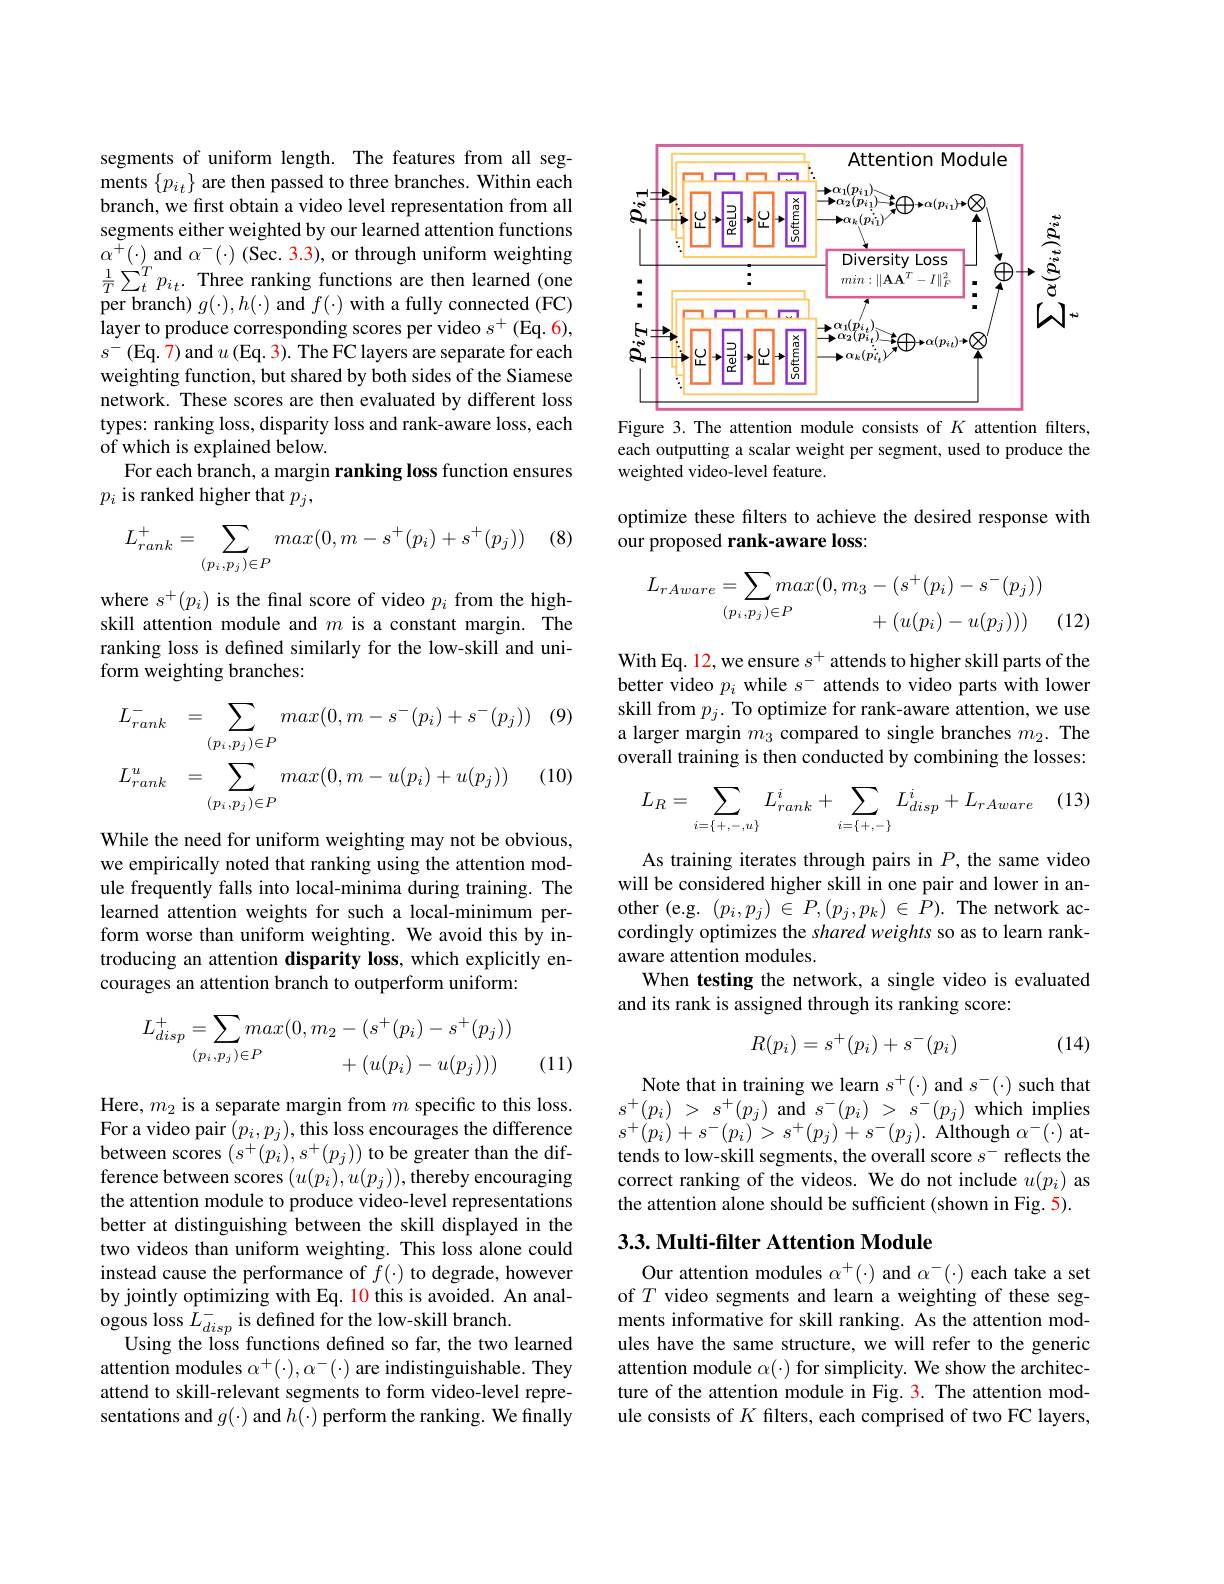
segments of uniform length. The features from all segments $\{p_{i_{t}}\}$ are then passed to three branches. Within each branch, we first obtain a video level representation from all segments either weighted by our learned attention functions $\begin{array}{l}{\alpha^{+}(\cdot)\mathrm{~and~}\alpha^{-}(\cdot)\mathrm{~(Sec.~3.3),~or~through~uniform~weighting}}\\{\frac1T\sum_{t}^{T}p_{i_{t}}.\mathrm{~Three~ranking~functions~are~then~learned~(one}}\\\end{array}$ per branch) $g(\cdot),h(\cdot)$ and $f(\cdot)$ with a fully connected (FC) layer to produce corresponding scores per video $s^+$(Eq. 6), $s^{-}$(Eq.7)and $u$(Eq.3).The FC layers are separate for each weighting function, but shared by both sides of the Siamese network. These scores are then evaluated by different loss types: ranking loss, disparity loss and rank-aware loss, each of which is explained below.
For each branch, a margin ranking loss function ensures
$p_i$ is ranked higher that $p_j$,

(8)
$$\begin{aligned}L_{rank}^+=\sum_{(p_i,p_j)\in P}max(0,m-s^+(p_i)+s^+(p_j))\end{aligned}$$
where $s^+(p_{i})$ is the final score of video $p_{i}$ from the highskill attention module and $m$ is a constant margin. The ranking loss is defined similarly for the low-skill and uniform weighting branches:

(9)
$$L_{rank}^{-}=\sum_{(p_{i},p_{j})\in P}max(0,m-s^{-}(p_{i})+s^{-}(p_{j}))\\L_{rank}^{u}=\sum_{(p_{i},p_{j})\in P}max(0,m-u(p_{i})+u(p_{j}))$$
(10)

While the need for uniform weighting may not be obvious, we empirically noted that ranking using the attention module frequently falls into local-minima during training. The learned attention weights for such a local-minimum perform worse than uniform weighting. We avoid this by introducing an attention disparity loss, which explicitly encourages an attention branch to outperform uniform:
$$L_{disp}^{+}=\sum_{(p_{i},p_{j})\in P}max(0,m_{2}-(s^{+}(p_{i})-s^{+}(p_{j}))\\+(u(p_{i})-u(p_{j})))$$
(11)

Here, $m_2$ is a separate margin from $m$ specific to this loss. For a video pair $(p_{i},p_{j})$,this loss encourages the difference between scores $(s^+(p_i),s^+(p_j))$ to be greater than the difference between scores $(u(p_{i}),u(p_{j}))$,thereby encouraging the attention module to produce video-level representations better at distinguishing between the skill displayed in the two videos than uniform weighting. This loss alone could instead cause the performance of $f(\cdot)$ to degrade, however by jointly optimizing with Eq. 10 this is avoided. An analogous loss $L_{disp}^{-}$ is defined for the low-skill branch.
Using the loss functions defined so far, the two learned attention modules $\alpha^+(\cdot),\alpha^-(\cdot)$ are indistinguishable. They attend to skill-relevant segments to form video-level representations and $g(\cdot)$ and $h(\cdot)$ perform the ranking. We finally

<FigureHere>

Figure 3.The attention module consists of $K$ attention filters, each outputting a scalar weight per segment, used to produce the weighted video-level feature.

optimize these filters to achieve the desired response with
our proposed rank-aware loss:
$$\begin{aligned}L_{rAware}&=\sum_{(p_i,p_j)\in P}max(0,m_3-(s^+(p_i)-s^-(p_j))\\&+(u(p_i)-u(p_j)))\end{aligned}$$
(12)

With Eq. 12, we ensure $s^+$ attends to higher skill parts of the better video $p_i$ while $s^-$ attends to video parts with lower skill from $p_j.$ To optimize for rank-aware attention, we use a larger margin $m_{3}$ compared to single branches $m_{2}.$ The overall training is then conducted by combining the losses:

(13)
$$\begin{aligned}L_R=\sum_{i=\{+,-,u\}}L_{rank}^i+\sum_{i=\{+,-\}}L_{disp}^i+L_{rAware}\end{aligned}$$
As training iterates through pairs in $P$, the same video will be considered higher skill in one pair and lower in another (e.g. $(p_i,p_j)\in P,(p_j,p_k)\in P).$The network accordingly optimizes the shared weights so as to learn rankaware attention modules.
When testing the network, a single video is evaluated
and its rank is assigned through its ranking score:

(14)
$$R(p_i)=s^+(p_i)+s^-(p_i)$$
Note that in training we learn $s^+(\cdot)$ and $s^-(\cdot)$ such that $s^{+ }( p_{i})$ > $s^{+ }( p_{j})$ ${\mathrm{and}}$ $s^{- }( p_{i})$ > $s^{- }( p_{j})$ ${\mathrm{which~implies}}$ $s^{+}(p_{i})+s^{-}(p_{i})>s^{+}(p_{j})+s^{-}(p_{j}).$ Although $\alpha^{-}(\cdot)$ attends to low-skill segments, the overall score $s^-$ reflects the correct ranking of the videos. We do not include $u(p_i)$ as the attention alone should be sufficient (shown in Fig. 5).

### 3.3. Multi-filter Attention Module

Our attention modules $\alpha^+(\cdot)$ and $\alpha^-(\cdot)$ each take a set of $T$ video segments and learn a weighting of these segments informative for skill ranking. As the attention modules have the same structure, we will refer to the generic attention module $\alpha(\cdot)$ for simplicity. We show the architecture of the attention module in Fig. 3. The attention module consists of $K$ filters, each comprised of two FC layers,